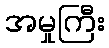
အမှုကြီး